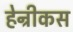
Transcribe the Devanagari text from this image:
हेन्रीकस